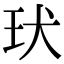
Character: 㺴